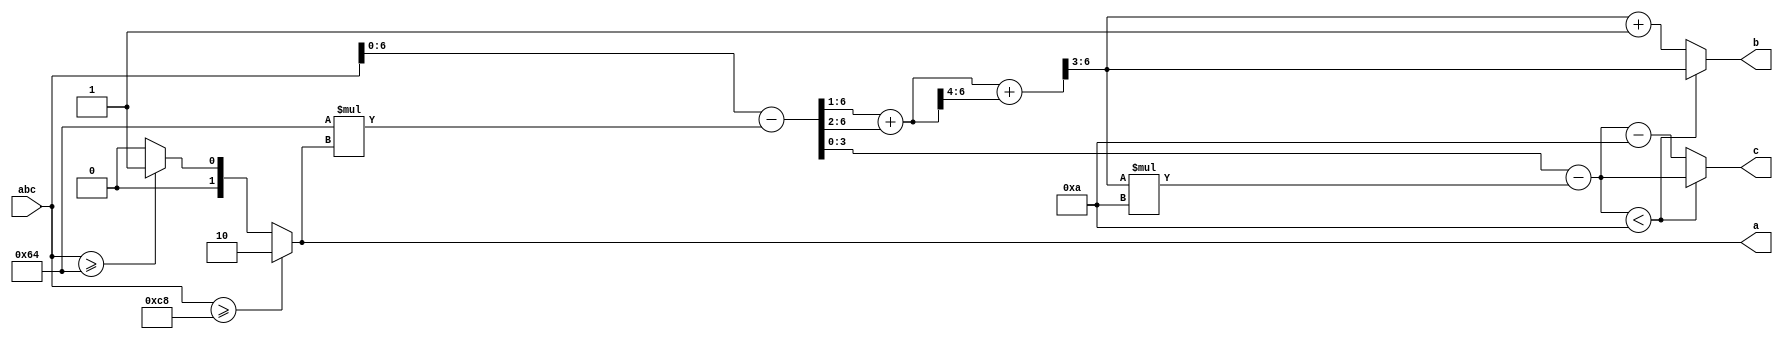
`default_nettype none

module bcd(input wire [7:0] abc,
           output wire [1:0] a,
           output reg [3:0] b,
           output reg [3:0] c);
  assign a = abc >= 200 ? 2 : abc >= 100 ? 1 : 0;
  wire [6:0] bc = abc - 100 * a;

  // See Hacker's Delight, Integer division by constants:
  // https://www.hackersdelight.org/divcMore.pdf
  reg [6:0] q;
  reg [3:0] r;
  always @(*) begin
    q = (bc >> 1) + (bc >> 2);
    q = q + (q >> 4);
    q = q >> 3;
    r = bc - q * 10;
    if (r < 10) begin
      b = q;
      c = r;
    end else begin
      b = q + 1;
      c = r - 10;
    end
  end
endmodule